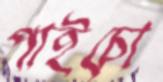
পাইচো